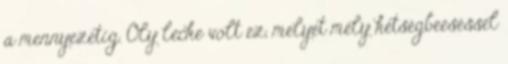
a mennyezetig. Oly lecke volt ez, melyet mély kétségbeeséssel